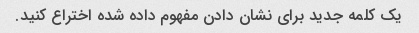
یک کلمه جدید برای نشان دادن مفهوم داده شده اختراع کنید.